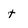
Character: t